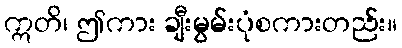
ဣတိ၊ ဤကား ချီးမွမ်းပုံစကားတည်း။